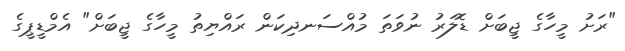
"ރަށު މީހާގެ ޖީބަށް ޑޮލަރު ނުވަތަ މުއްސަނދިކަން ރައްޔިތު މީހާގެ ޖީބަށް" އެމްޑީޕީގެ